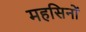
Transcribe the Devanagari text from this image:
महसिनों